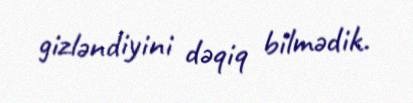
gizləndiyini dəqiq bilmədik.